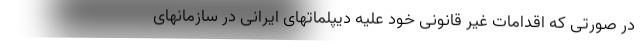
در صورتی که اقدامات غیر قانونی خود علیه دیپلماتهای ایرانی در سازمانهای